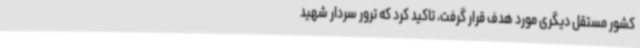
کشور مستقل دیگری مورد هدف قرار گرفت، تاکید کرد که ترور سردار شهید